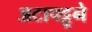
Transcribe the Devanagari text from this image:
अटापट्टूने